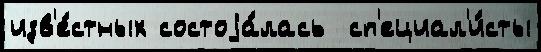
изв'е́стных состоjа́лась  сп'ециал'и́сты